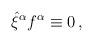
LaTeX: \begin{align*}\hat{\xi}^{\alpha }f^{\alpha }\equiv 0\,, \end{align*}